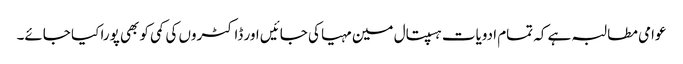
عوامی مطالبہ ہے کہ تمام ادویات ہسپتال مین مہیا کی جائیں اور ڈاکٹروں کی کمی کو بھی پورا کیا جائے۔